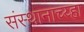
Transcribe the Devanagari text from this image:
संस्थानाच्य्हा